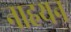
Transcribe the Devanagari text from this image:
नाहयन